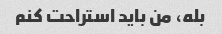
بله، من باید استراحت کنم